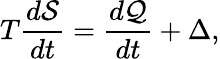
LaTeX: T\frac{d\mathcal{S}}{dt}=\frac{d\mathcal{Q}}{dt}+\Delta,